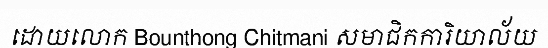
ដោយលោក Bounthong Chitmani សមាជិកការិយាល័យ